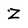
Character: Z